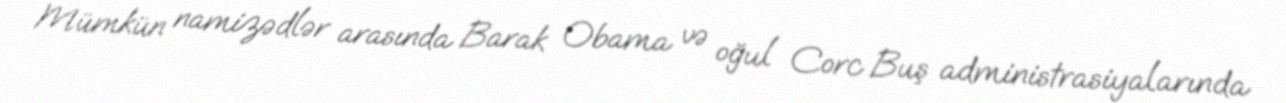
Mümkün namizədlər arasında Barak Obama və oğul Corc Buş administrasiyalarında